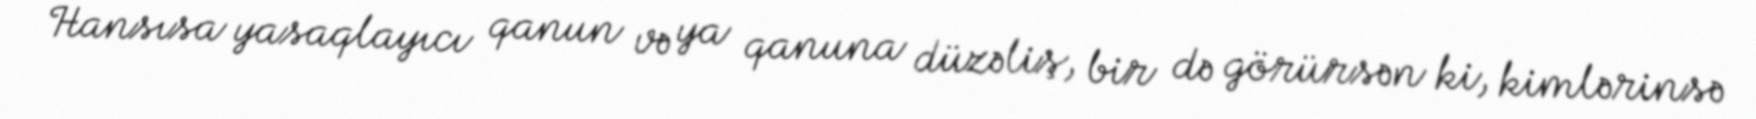
Hansısa yasaqlayıcı qanun və ya qanuna düzəliş, bir də görürsən ki, kimlərinsə